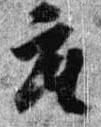
座